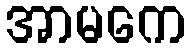
အာမကေ